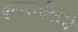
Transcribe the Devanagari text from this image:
क्र्मवारीमध्ये